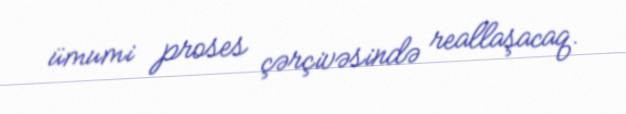
ümumi proses çərçivəsində reallaşacaq.